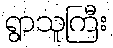
ရွာသူကြီး